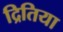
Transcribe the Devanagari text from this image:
द्रितिया